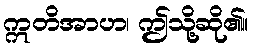
ဣတိအာဟ၊ ဤသို့ဆို၏။